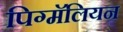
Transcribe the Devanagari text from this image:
पिग्मॅलियन